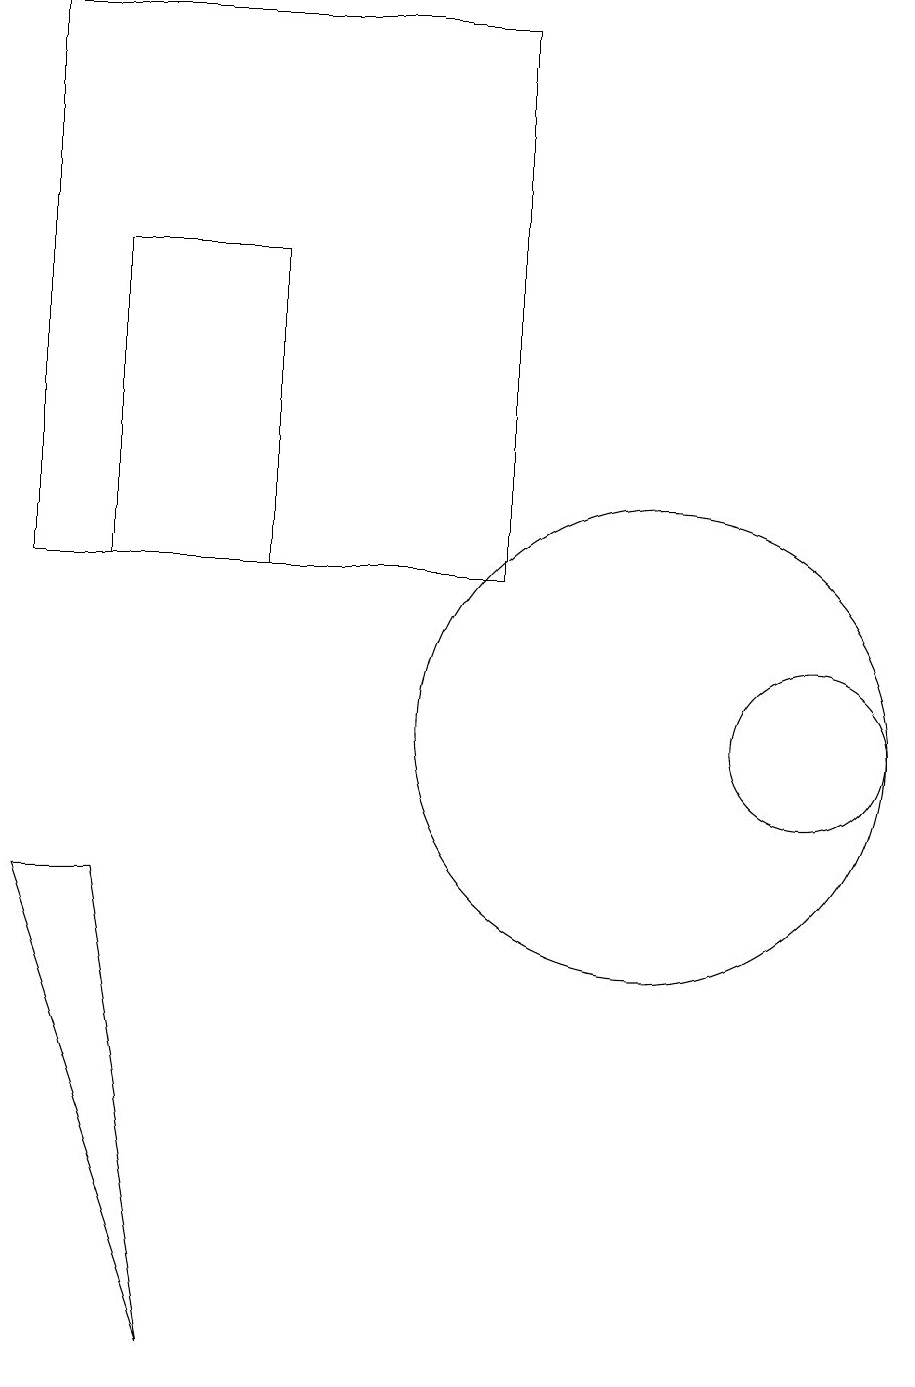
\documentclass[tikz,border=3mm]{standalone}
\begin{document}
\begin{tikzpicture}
\draw (12,10) circle (1);
\draw (5,12) rectangle (3,16);
\draw (10,10) circle (3);
\draw (2,12) rectangle (8,19);
\draw (3,8) -- (4,2) -- (2,8) -- cycle;
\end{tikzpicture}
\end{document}